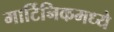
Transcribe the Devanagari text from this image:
मार्टिनिकमध्ये